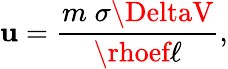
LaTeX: \mathbf{u}={\frac{{m\; \sigma\DeltaV}}{{\rhoef\ell}}},